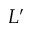
L ^ { \prime }